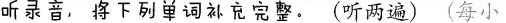
听录音，将下列单词补充完整。(听两遍)(每小